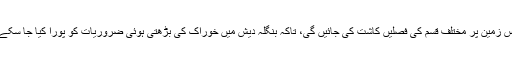
اس زمین پر مختلف قسم کی فصلیں کاشت کی جائیں گی، تاکہ بنگلہ دیش میں خوراک کی بڑھتی ہوئی ضروریات کو پورا کیا جا سکے۔